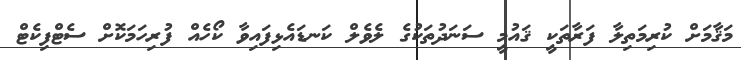
މަޤާމަށް ކުރިމަތިލާ ފަރާތަކީ ޤައުމީ ސަނަދުތަކުގެ ލެވެލް ކަނޑައެޅިފައިވާ ކޯހެއް ފުރިހަމަކޮށް ސެޓްފިކެޓް